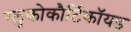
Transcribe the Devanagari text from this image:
ग्लुकोकौर्टिकॉयड